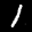
Label: 1